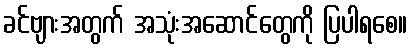
ခင်ဗျားအတွက် အသုံးအဆောင်တွေကို ပြပါရစေ။